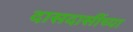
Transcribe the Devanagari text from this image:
दासदासींच्या